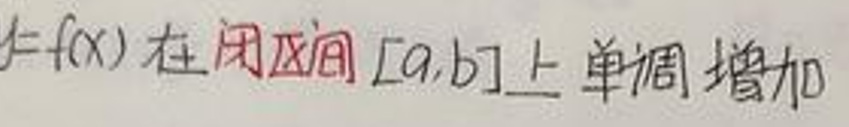
$y = f(x)$ 在闭区间 $[a,b]$ 上单调增加